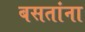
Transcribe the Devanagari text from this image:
बसतांना